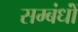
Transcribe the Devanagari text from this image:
सम्बंधोंं